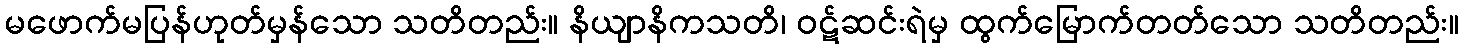
မဖောက်မပြန်ဟုတ်မှန်သော သတိတည်း။ နိယျာနိကသတိ၊ ဝဋ်ဆင်းရဲမှ ထွက်မြောက်တတ်သော သတိတည်း။